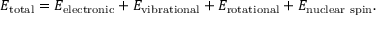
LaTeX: E _ { \mathrm { t o t a l } } = E _ { \mathrm { e l e c t r o n i c } } + E _ { \mathrm { v i b r a t i o n a l } } + E _ { \mathrm { r o t a t i o n a l } } + E _ { \mathrm { n u c l e a r ~ s p i n } } .